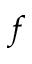
f